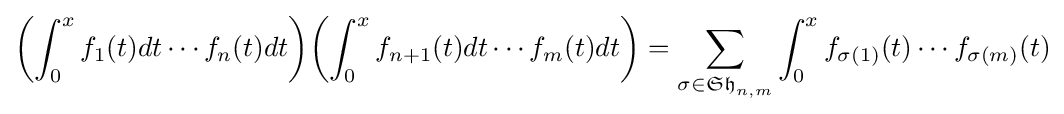
\left(\int _{0}^{x}f_{1}(t)dt\cdots f_{n}(t)dt\right)\!\left(\int _{0}^{x}f_{n+1}(t)dt\cdots f_{m}(t)dt\right)=\sum \limits _{\sigma \in {\mathfrak {Sh}}_{n,m}}\int _{0}^{x}f_{\sigma (1)}(t)\cdots f_{\sigma (m)}(t)